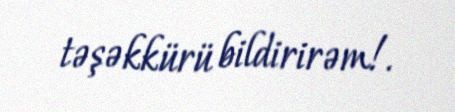
təşəkkürü bildirirəm!.